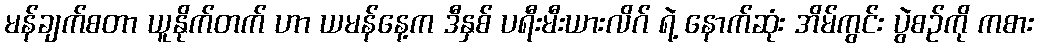
မန်ချက်စတာ ယူနိုက်တက် ဟာ ယမန်နေ့က ဒီနှစ် ပရီးမီးယားလိဂ် ရဲ့ နောက်ဆုံး အိမ်ကွင်း ပွဲစဉ်ကို ကစား